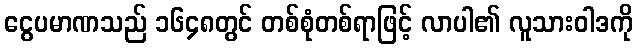
ငွေပမာဏသည် ၁၆၄၈တွင် တစ်စုံတစ်ရာဖြင့် လာပါ၏ လူသားဝါဒကို